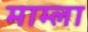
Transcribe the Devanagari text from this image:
माम्ला